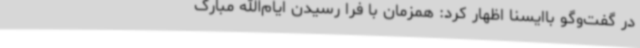
در گفت‌وگو باایسنا اظهار کرد: همزمان با فرا رسیدن ایام‌الله مبارک